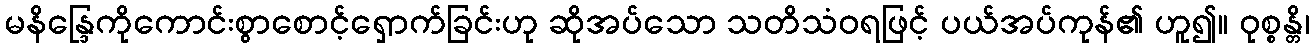
မနိန္ဒြေကိုကောင်းစွာစောင့်ရှောက်ခြင်းဟု ဆိုအပ်သော သတိသံဝရဖြင့် ပယ်အပ်ကုန်၏ ဟူ၍။ ဝုစ္စန္တိ၊